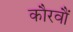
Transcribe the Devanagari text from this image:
कौरवौं